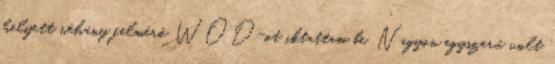
helyett néhány felmérő WOD-ot iktattam be. Nagyon egyszerű volt